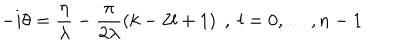
- i \theta = \frac { \eta } { \lambda } - \frac { \pi } { 2 \lambda } \left( k - 2 l + 1 \right) \; , \; l = 0 , \dots , n - 1